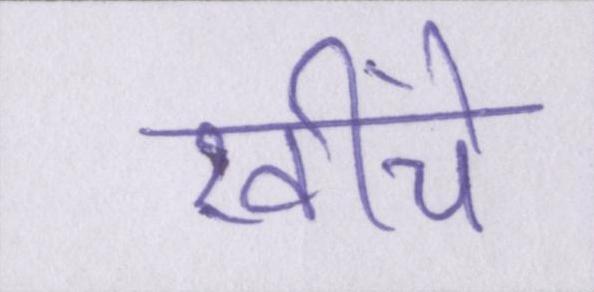
खींचे